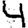
Digit: 4